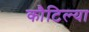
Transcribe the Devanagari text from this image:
कौटिल्या